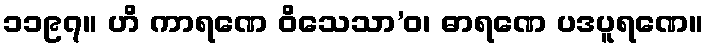
၁၁၉၇။ ဟိ ကာရဏေ ဝိသေသာ’ဝ၊ ဓာရဏေ ပဒပူရဏေ။